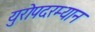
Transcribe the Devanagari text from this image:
युरोपदरम्यान